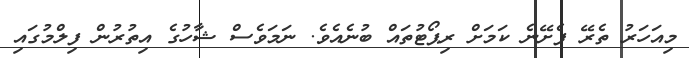
މިއަހަރު ތެރޭ ފެށޭނެ ކަމަށް ރިޕޯޓުތައް ބުނެއެވެ. ނަމަވެސް ޝާހުގެ އިތުރުން ފިލްމުގައި